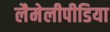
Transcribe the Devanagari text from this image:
लैमेलीपीडिया